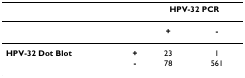
|  |  | <COLSPAN=2> HPV-32 PCR |
 | --- | --- | --- | --- |
 |  |  | + | - |
 | HPV-32 Dot Blot | + | 23 | 1 |
 |  | - | 78 | 561 |